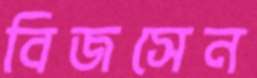
বিজসেন